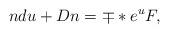
\begin{align*}n du +D n = \mp *e\sp{u} F,\end{align*}